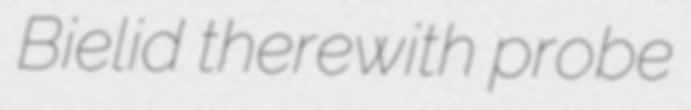
Bielid therewith probe